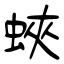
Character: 蛺